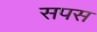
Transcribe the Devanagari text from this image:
सपस